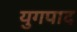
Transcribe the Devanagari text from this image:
युगपाद